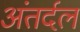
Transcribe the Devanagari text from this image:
अंतर्दल